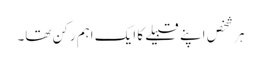
ہر شخص اپنے قبیلے کا ایک اہم رکن تھا۔